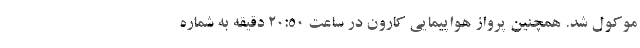
موکول شد. همچنین پرواز هواپیمایی کارون در ساعت ۲۰:۵۰ دقیقه به شماره